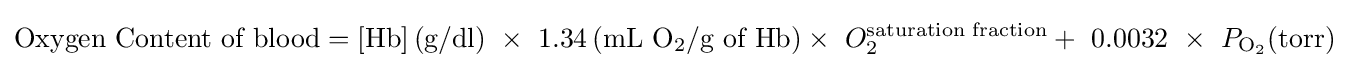
{\text{Oxygen Content of blood}}=\left[{\text{Hb}}\right]\left({\text{g/dl}}\right)\ \times \ 1.34\left({\text{mL}}\ {\ce {O2}}/{\text{g of Hb}}\right)\times \ O_{2}^{\text{saturation fraction}}+\ 0.0032\ \times \ P_{{\ce {O2}}}({\text{torr}})